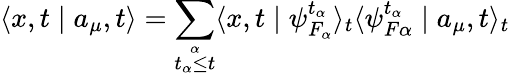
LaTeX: \langle x,t\mid a_{\mu},t\rangle=\sum_{\stackrel{\alpha}{t_{\alpha}\leq t}}\langle x,t\mid\psi_{F_{\alpha}}^{t_{\alpha}}\rangle_{t}\langle\psi_{F\alpha}^{t_{\alpha}}\mid a_{\mu},t\rangle_{t}